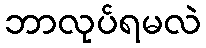
ဘာလုပ်ရမလဲ